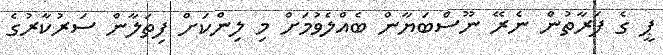
ޕީ ގެ ފަރާތުން ނެރޭ ނޫސްބަޔާން ބެއްލެވުމަށް މި ލިންކަށް ފިތަލާން ސަރުކާރުގެ